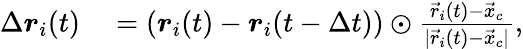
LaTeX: \begin{array}{rl}{\Delta\boldsymbol{r}_{i}(t)}&{{}=\left(\boldsymbol{r}_{i}(t)-\boldsymbol{r}_{i}(t-\Delta t)\right)\odot\frac{\vec{r}_{i}(t)-\vec{x}_{c}}{|\vec{r}_{i}(t)-\vec{x}_{c}|},}\end{array}